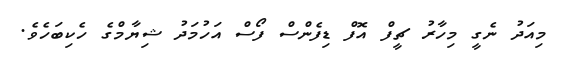
މިއަދު ނެގީ މިހާރު ޗީފް އޮފް ޑިފެންސް ފޯސް އަހުމަދު ޝިޔާމްގެ ހެކިބަހެވެ.